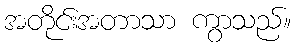
အတိုင်းအတာသာ ကွာသည်။